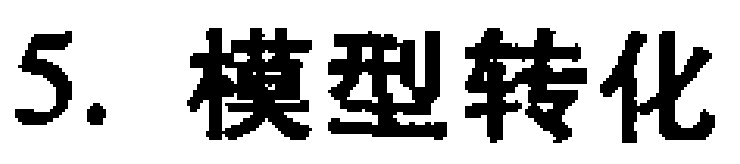
5. 模型转化